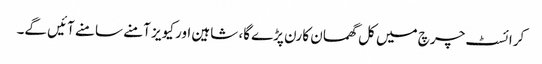
کرائسٹ چرچ میں کل گھمسان کا رن پڑے گا، شاہین اور کیویز آمنے سامنے آئیں گے۔